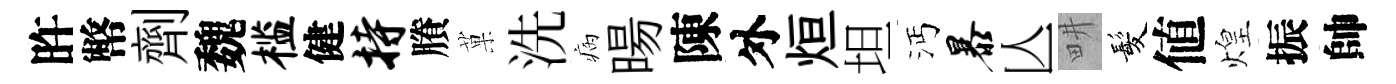
旿幣劑魏槛健持賸菓洗病暘陳外烜坦沔暴亾畊髪値煌振帥